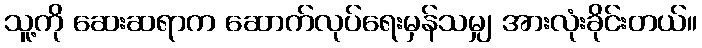
သူ့ကို ဆေးဆရာက ဆောက်လုပ်ရေးမှန်သမျှ အားလုံးခိုင်းတယ်။